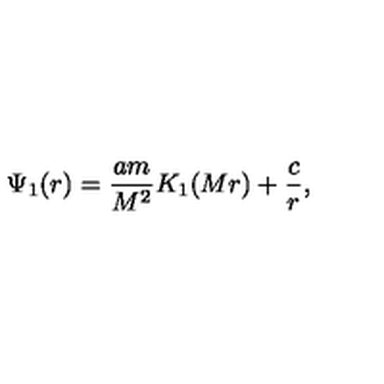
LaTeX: \Psi _ { 1 } ( r ) = \frac { a m } { M ^ { 2 } } K _ { 1 } ( M r ) + \frac { c } { r } ,